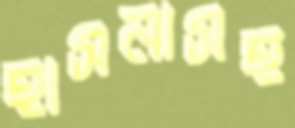
হাসনাসহ